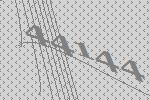
44144